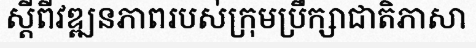
ស្តីពីវឌ្ឍនភាពរបស់ក្រុមប្រឹក្សាជាតិភាសា